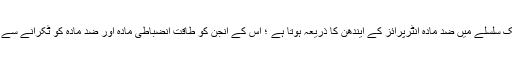
اسٹار ٹریک سلسلے میں ضد مادّہ انٹرپرائز کے ایندھن کا ذریعہ ہوتا ہے ؛ اس کے انجن کو طاقت انضباطی مادّہ اور ضد مادّہ کو ٹکرانے سے ملتی ہے۔